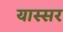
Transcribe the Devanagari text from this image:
यास्सर